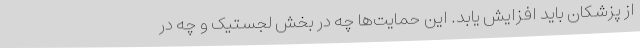
از پزشکان باید افزایش یابد. این حمایت‌ها چه در بخش لجستیک و چه در